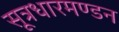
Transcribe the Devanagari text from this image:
सूत्रधारमण्डन